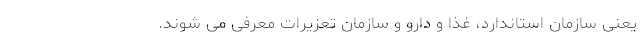
یعنی سازمان استاندارد، غذا و دارو و سازمان تعزیرات معرفی می شوند.